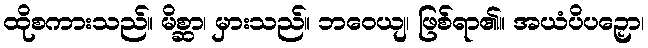
ထိုစကားသည်။ မိစ္ဆာ၊ မှားသည်။ ဘဝေယျ၊ ဖြစ်ရာ၏။ အယံပိပဉှော၊